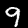
Digit: 9